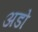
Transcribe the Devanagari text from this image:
अडो